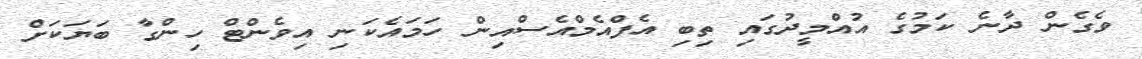
ވެގެން ދާނެ ކަމުގެ އުއްމީދުގައި ތިބި އެފްއެމްއެސްއިން ހަމައެކަނި އިވެންޓް ހިންގާ ބަޔަކަށް